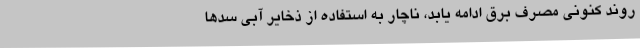
روند کنونی مصرف برق ادامه یابد، ناچار به استفاده از ذخایر آبی سدها